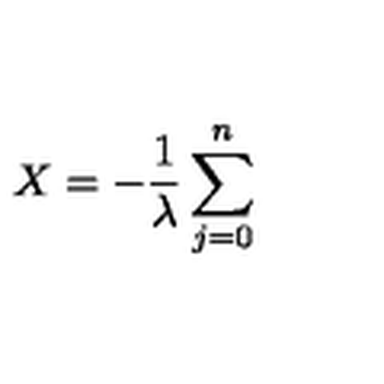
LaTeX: X = - \frac { 1 } { \lambda } \sum _ { j = 0 } ^ { n }